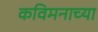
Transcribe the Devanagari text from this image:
कविमनाच्या